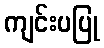
ကျင်းပပြု